Civil Veterinary Department Bihar reports 1936-40 - 1936-1940
Year: 1936
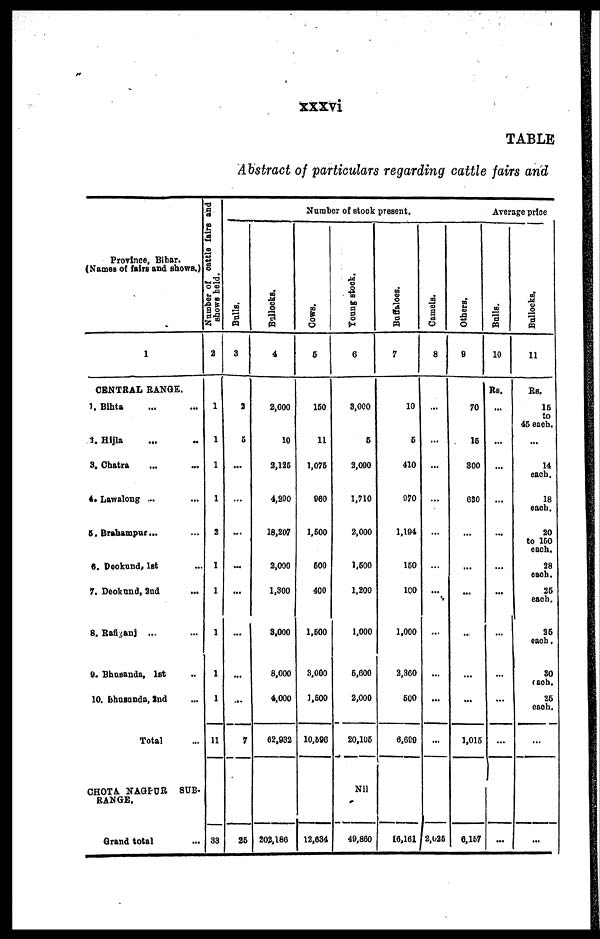
xxxvi
TABLE
Abstract of particulars regarding cattle fairs and
Province, Bihar.
(Names of fairs and shows.)
1
CENTRAL RANGE.
1. Bihta … …
3. Hijla … …
3. Chatra … …
4. Lawalong ... …
5. Brahampur... …
6. Deokund, 1st …
7. Deokund, 2nd …
8. Raflganj ... …
9. Bhusanda, 1st …
10. Bhusunda, 2nd …
Total …
CHOTA NAGPUR SUB-
RANGE.
Grand total …
Number of cattle fairs and
shows held.
2
1
1
1
1
2
1
1
1
1
1
11
33
Number of stock present.
Bulls.
3
2
5
...
…
…
…
…
…
…
…
7
25
Bullocks.
4
2.000
10
2,126
4,290
18,207
2,000
1,300
3,000
8,000
4,000
62,032
202,186
Cows.
6
150
11
1,075
960
1,500
600
400
1,600
3,000
1,500
10,596
12,634
Young stock.
6
3,000
5
2,000
1,710
2,000
1,500
1,200
1,000
6,600
2,000
20,105
Nil
40,860
Buffaloes.
7
10
5
410
970
1,194
160
100
1,000
2,360
600
6,600
16,161
Camels.
8
...
…
…
…
...
…
...
…
…
…
...
2,025
Others.
9
70
15
800
630
…
…
…
…
…
…
1,016
6,167
Average price
Balls.
10
Rs.
...
...
…
…
…
…
…
…
…
…
...
Bullocks.
11
Rs.
16
to
45 each.
...
14
each.
18
each.
20
to 160
each.
28
each.
25
each.
25
each.
30
each.
25
each.
...
...